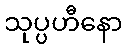
သုပ္ပဟီနော